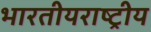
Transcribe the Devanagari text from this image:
भारतीयराष्ट्रीय